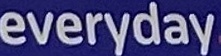
everyday